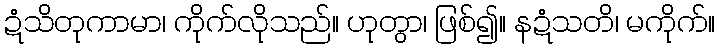
ဍံသိတုကာမာ၊ ကိုက်လိုသည်။ ဟုတွာ၊ ဖြစ်၍။ နဍံသတိ၊ မကိုက်။